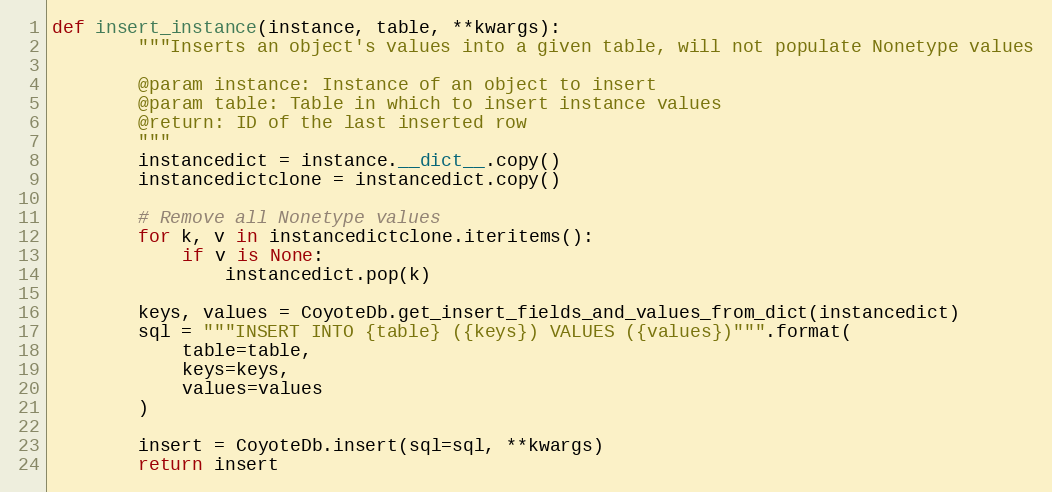
Language: Python
def insert_instance(instance, table, **kwargs):
        """Inserts an object's values into a given table, will not populate Nonetype values

        @param instance: Instance of an object to insert
        @param table: Table in which to insert instance values
        @return: ID of the last inserted row
        """
        instancedict = instance.__dict__.copy()
        instancedictclone = instancedict.copy()

        # Remove all Nonetype values
        for k, v in instancedictclone.iteritems():
            if v is None:
                instancedict.pop(k)

        keys, values = CoyoteDb.get_insert_fields_and_values_from_dict(instancedict)
        sql = """INSERT INTO {table} ({keys}) VALUES ({values})""".format(
            table=table,
            keys=keys,
            values=values
        )

        insert = CoyoteDb.insert(sql=sql, **kwargs)
        return insert